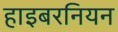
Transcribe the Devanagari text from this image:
हाइबरनियन